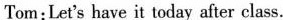
Tom:Let's have it today after class.